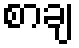
စာချ